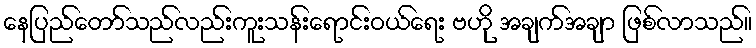
နေပြည်တော်သည်လည်းကူးသန်းရောင်းဝယ်ရေး ဗဟို အချက်အချာ ဖြစ်လာသည်။